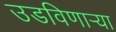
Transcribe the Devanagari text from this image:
उडविणार्‍या